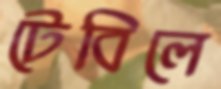
টেবিলে